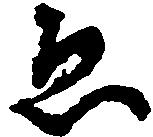
ゑ